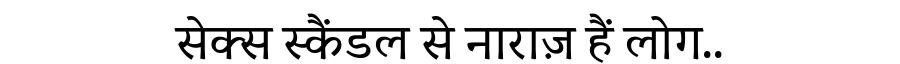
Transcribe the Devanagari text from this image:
सेक्स स्कैंडल से नाराज़ हैं लोग..